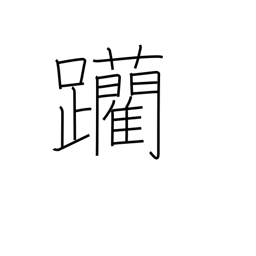
Meaning: edge forward